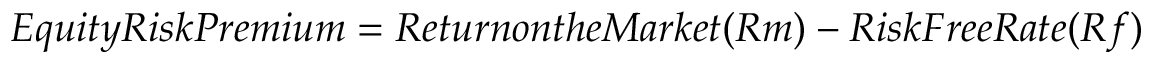
E q u i t y R i s k P r e m i u m = R e t u r n o n t h e M a r k e t ( R m ) - R i s k F r e e R a t e ( R f )